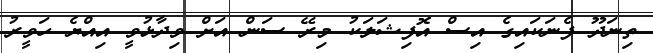
ތިނަދޫ ފެނަކައިގެ އިސް އޮފިޝަލަކު މިރޭ ސަން އަށް ވިދާޅުވީ އިއްޔެ ހަވީރު